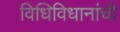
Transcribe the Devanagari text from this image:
विधिविधानांची